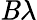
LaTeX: \mathit{B}\lambda